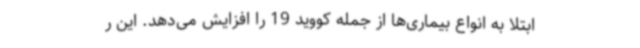
ابتلا به انواع بیماری‌ها از جمله کووید 19 را افزایش می‌دهد. این ر